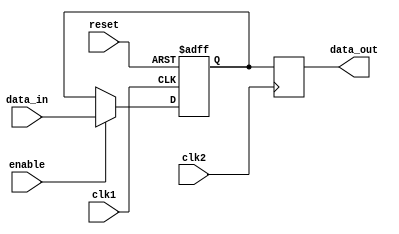
module dual_port_bypass_register(
    input wire clk1,
    input wire clk2,
    input wire reset,
    input wire enable,
    input wire [7:0] data_in,
    output reg [7:0] data_out
);

reg [7:0] internal_data;

// Synchronize data input from clk1 domain to internal register
always @(posedge clk1 or posedge reset) begin
    if (reset) begin
        internal_data <= 8'b0;
    end else if (enable) begin
        internal_data <= data_in;
    end
end

// Output synchronized data to clk2 domain
always @(posedge clk2) begin
    data_out <= internal_data;
end

endmodule